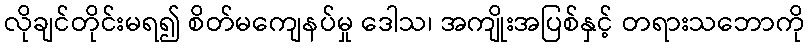
လိုချင်တိုင်းမရ၍ စိတ်မကျေနပ်မှု ဒေါသ၊ အကျိုးအပြစ်နှင့် တရားသဘောကို